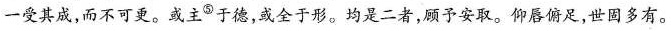
一受其成，而不可更。或主^{⑤}于德，或全于形。均是二者，顾予安取。仰唇俯足，世固多有。